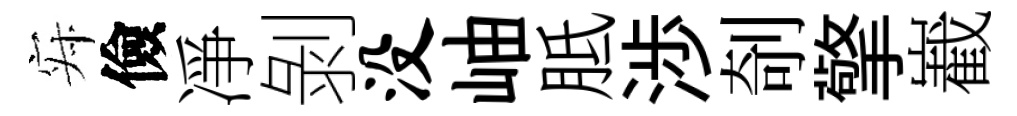
寂儉凈剝没岫胝渉剞擎嶻